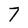
Character: 7